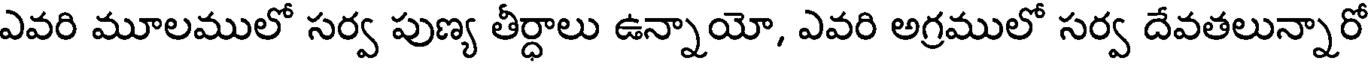
ఎవరి మూలములో సర్వ పుణ్య తీర్ధాలు ఉన్నాయో, ఎవరి అగ్రములో సర్వ దేవతలున్నారో